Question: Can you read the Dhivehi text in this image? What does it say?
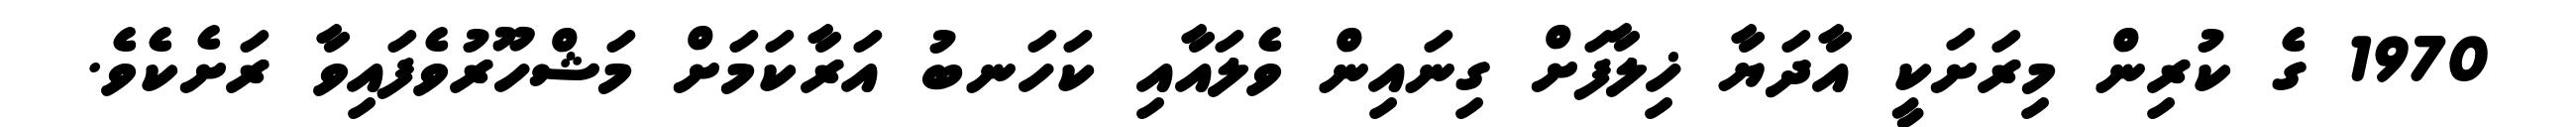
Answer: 1970 ގެ ކުރިން މިރަށަކީ އާދަޔާ ޚިލާފަށް ގިނައިން ވެލައާއި ކަހަނބު އަރާކަމަށް މަޝްހޫރުވެފައިވާ ރަށެކެވެ.